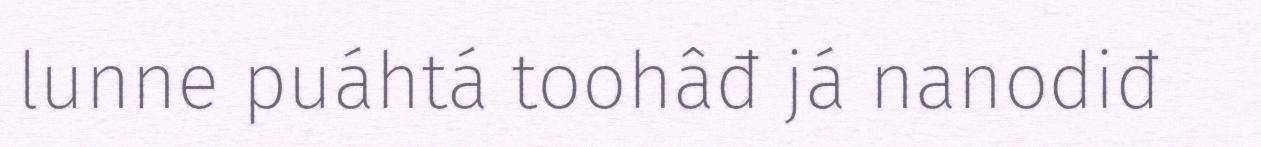
lunne puáhtá toohâđ já nanodiđ